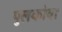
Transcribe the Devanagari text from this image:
पुलकोवा